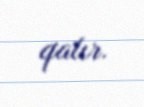
qalır.